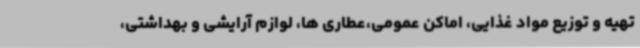
تهیه و توزیع مواد غذایی، اماکن عمومی،عطاری ها، لوازم آرایشی و بهداشتی،